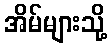
အိမ်များသို့